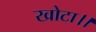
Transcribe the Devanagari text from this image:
खोटा।।